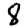
Digit: 8